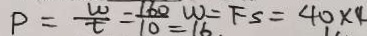
P = \frac { w } { t } = \frac { 1 6 0 } { 1 0 } = 1 6 . W = F S = 4 0 \times 4